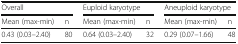
<table><thead><tr><td colspan="2"><b>Overall</b></td><td colspan="2"><b>Euploid karyotype</b></td><td colspan="2"><b>Aneuploid karyotype</b></td></tr><tr><td><b>Mean (max-min)</b></td><td><b>n</b></td><td><b>Mean (max-min)</b></td><td><b>n</b></td><td><b>Mean (max-min)</b></td><td><b>n</b></td></tr></thead><tbody><tr><td>0.43 (0.03–2.40)</td><td>80</td><td>0.64 (0.03–2.40)</td><td>32</td><td>0.29 (0.07–1.66)</td><td>48</td></tr></tbody></table>